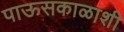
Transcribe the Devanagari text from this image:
पाऊसकाळाशी